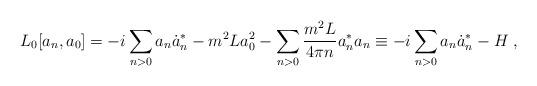
LaTeX: \begin{align*} L_0 [a_n ,a_0 ] = -i \sum_{n>0} a_n \dot a_n^* - m^2 L a_0^2 -\sum_{n>0} \frac{m^2 L}{4 \pi n}a_n^* a_n \equiv -i \sum_{n>0} a_n \dot a_n^* - H \; ,\end{align*}